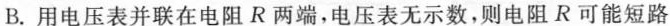
B.用电压表并联在电阻R两端，电压表无示数，则电阻R可能短路